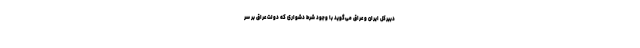
دبیرکل ایران و عراق می‌گوید با وجود شرط دشواری که دولت عراق بر سر